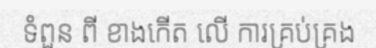
ទំពួន ពី ខាងកើត លើ ការគ្រប់គ្រង